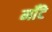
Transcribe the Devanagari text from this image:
मॉँटे